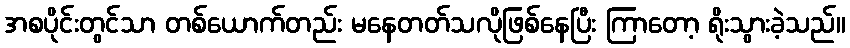
အစပိုင်းတွင်သာ တစ်ယောက်တည်း မနေတတ်သလိုဖြစ်နေပြီး ကြာတော့ ရိုးသွားခဲ့သည်။